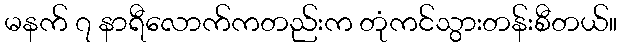
မနက် ၇ နာရီလောက်ကတည်းက တုံကင်သွားတန်းစီတယ်။